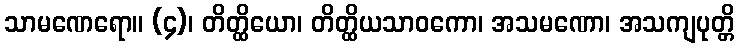
သာမဏေရော။ (၄)၊ တိတ္ထိယော၊ တိတ္ထိယသာဝကော၊ အသမဏော၊ အသကျပုတ္တိ